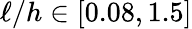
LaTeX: \ell/h\in[0.08,1.5]